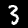
Label: 3